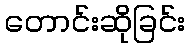
တောင်းဆိုခြင်း